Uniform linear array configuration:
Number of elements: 48
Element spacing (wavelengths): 0.75
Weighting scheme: exponential
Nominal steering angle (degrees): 60
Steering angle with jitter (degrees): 61.664
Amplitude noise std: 0.05
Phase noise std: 0.05

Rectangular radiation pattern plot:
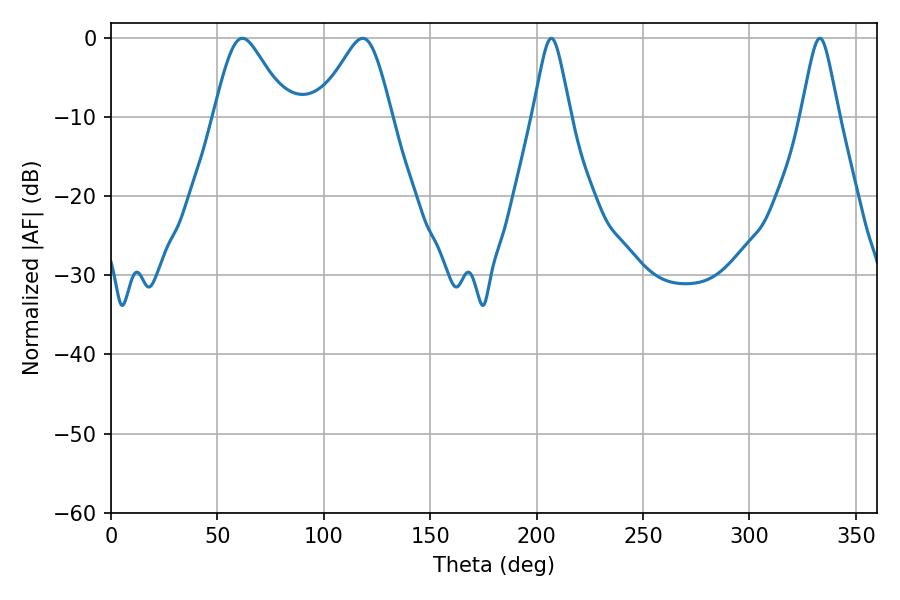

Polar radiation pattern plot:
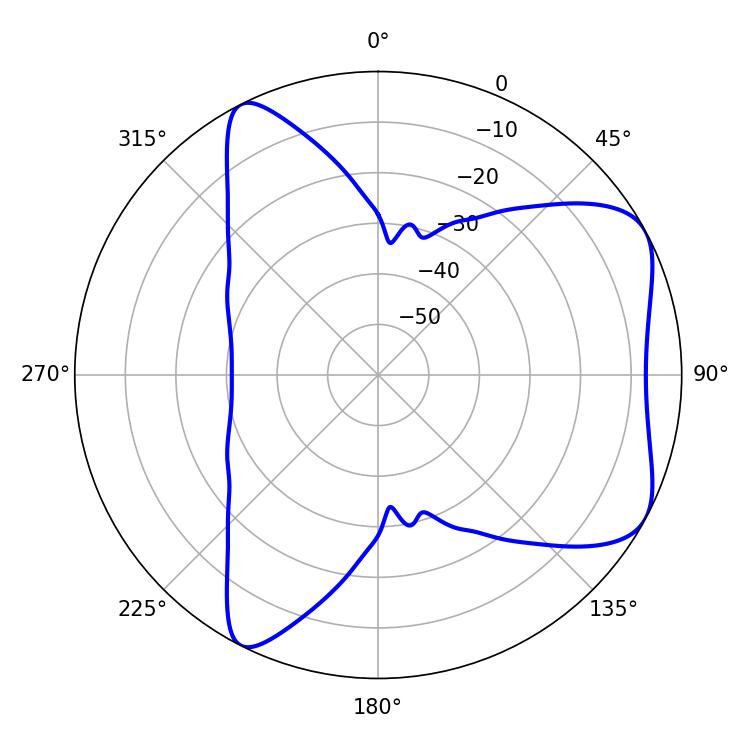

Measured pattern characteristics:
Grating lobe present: TRUE
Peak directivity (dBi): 6.12
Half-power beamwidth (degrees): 16.74
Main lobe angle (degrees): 61.74